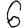
Digit: 6